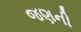
જણની